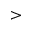
>